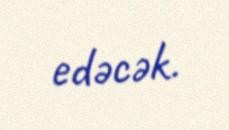
edəcək.